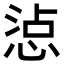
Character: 惉